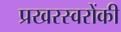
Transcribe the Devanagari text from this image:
प्रखरस्वरोंकी